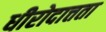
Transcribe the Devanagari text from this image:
धीरोदात्तता